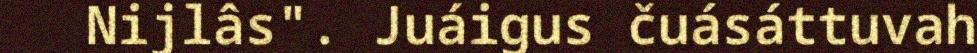
Nijlâs". Juáigus čuásáttuvah